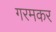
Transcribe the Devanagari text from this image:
गरमकर